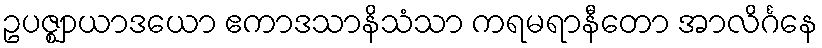
ဥပဇ္ဈာယာဒယော ဧကာဒသာနိသံသာ ကရမရာနီတော အာလိင်္ဂနေ